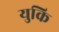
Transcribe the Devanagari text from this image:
युकि